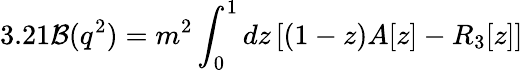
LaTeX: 3.21{\cal B}(q^{2})=m^{2}\int_{0}^{1}dz\left[(1-z)A[z]-R_{3}[z]\right]